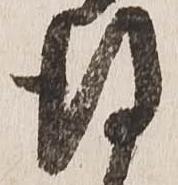
得